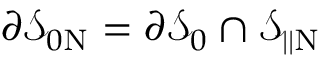
\partial \mathcal { S } _ { 0 \mathrm { N } } = \partial \mathcal { S } _ { 0 } \cap \mathcal { S } _ { | | \mathrm { N } }